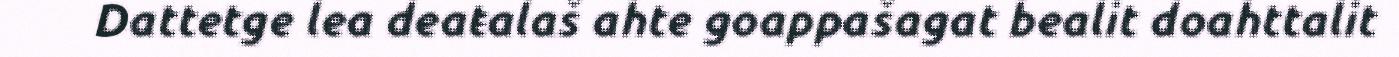
Dattetge lea deaŧalaš ahte goappašagat bealit doahttalit